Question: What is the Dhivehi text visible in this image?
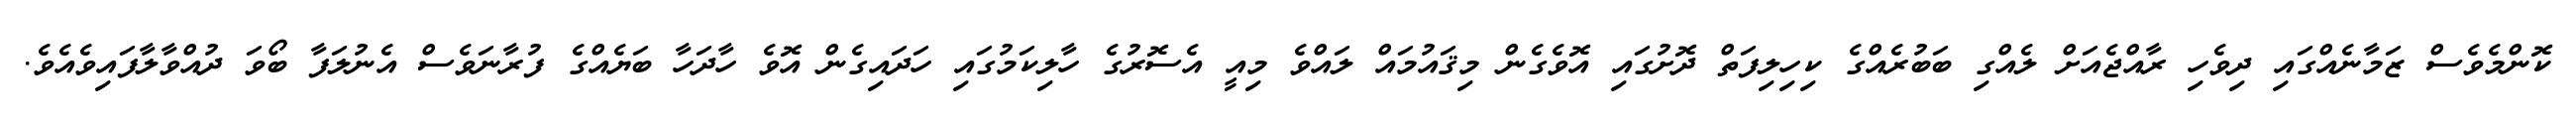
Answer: ކޮންމެވެސް ޒަމާނެއްގައި ދިވެހި ރާއްޖެއަށް ލެއްގި ބަބުރެއްގެ ކިހިލިފަތް ދޮށުގައި އޮވެގެން މިޤައުމައް ލައްވެ މިއީ އެސޮރުގެ ހާލިކަމުގައި ހަދައިގެން އޮވެ ހާދަހާ ބަޔެއްގެ ފުރާނަވެސް އެނުލަފާ ބޯވަ ދުއްވާލާފައިވެއެވެ.